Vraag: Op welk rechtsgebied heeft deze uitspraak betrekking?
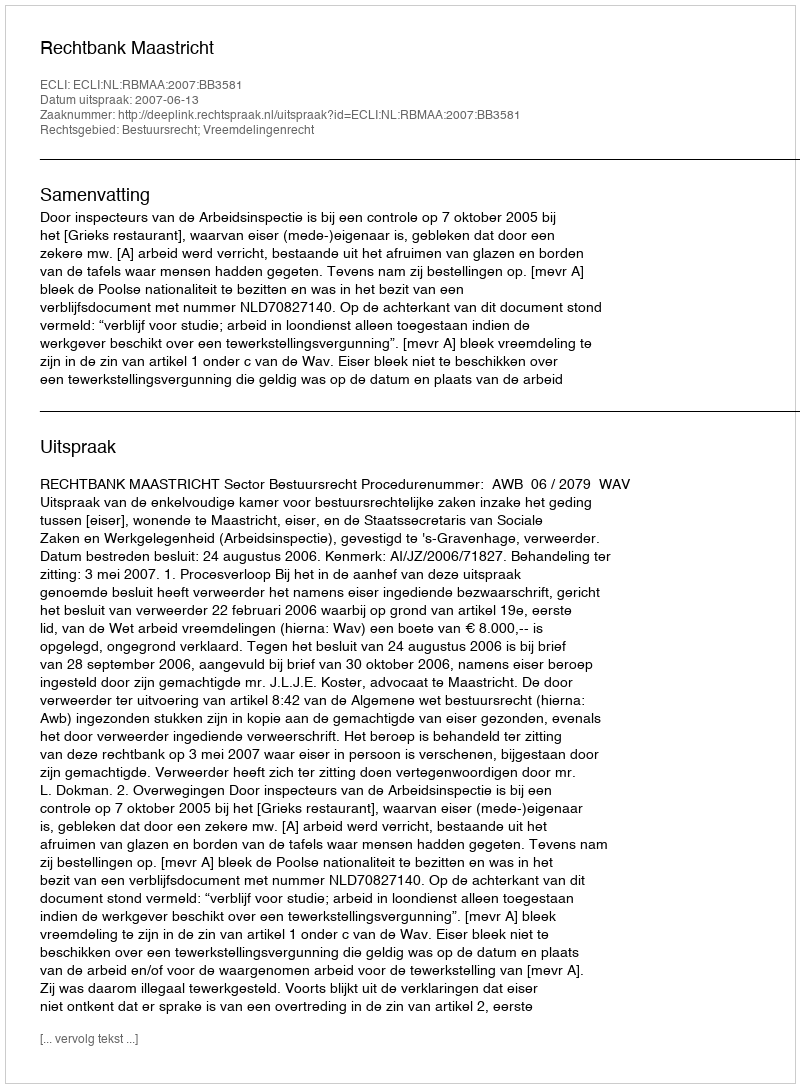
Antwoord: Bestuursrecht; Vreemdelingenrecht